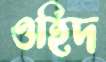
ওহিদ